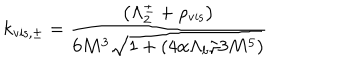
k _ { \mathrm { v i s , \pm } } = { \frac { \left( \Lambda _ { 2 } ^ { \pm } + \rho _ { \mathrm { v i s } } \right) } { 6 M ^ { 3 } \sqrt { 1 + ( { 4 \alpha \Lambda _ { b } } / { 3 M ^ { 5 } } ) } } }